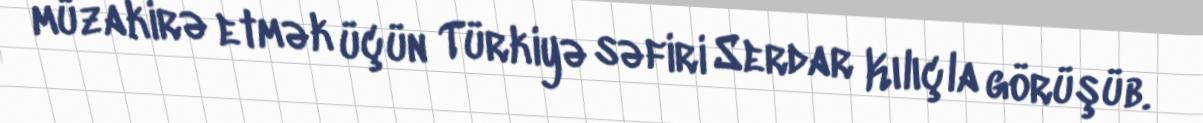
müzakirə etmək üçün Türkiyə səfiri Serdar Kılıçla görüşüb.